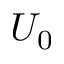
U _ { 0 }